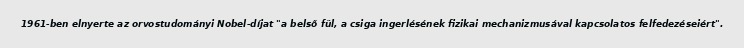
1961-ben elnyerte az orvostudományi Nobel-díjat "a belső fül, a csiga ingerlésének fizikai mechanizmusával kapcsolatos felfedezéseiért".